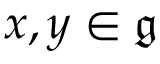
x , y \in { \mathfrak { g } }